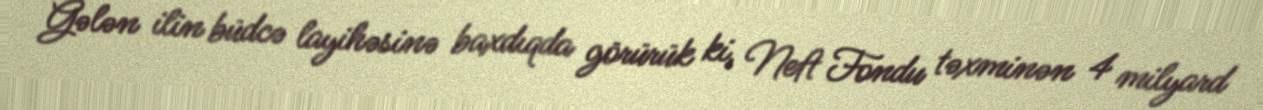
Gələn ilin büdcə layihəsinə baxdıqda görürük ki, Neft Fondu təxminən 4 milyard